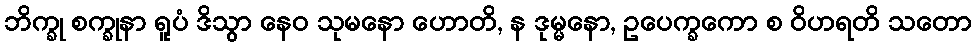
ဘိက္ခု စက္ခုနာ ရူပံ ဒိသွာ နေဝ သုမနော ဟောတိ, န ဒုမ္မနော, ဥပေက္ခကော စ ဝိဟရတိ သတော